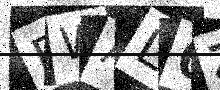
Text: FWAL0Z